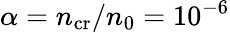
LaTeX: \alpha=n_{\mathrm{cr}}/n_{0}=10^{-6}